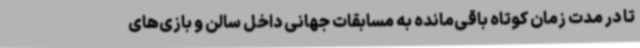
تا در مدت زمان کوتاه باقی‌مانده به مسابقات جهانی داخل سالن و بازی‌های